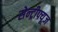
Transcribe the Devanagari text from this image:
सेन्ट्रीफ्यूज